Scottish Leaving Certificate Examination, 1954
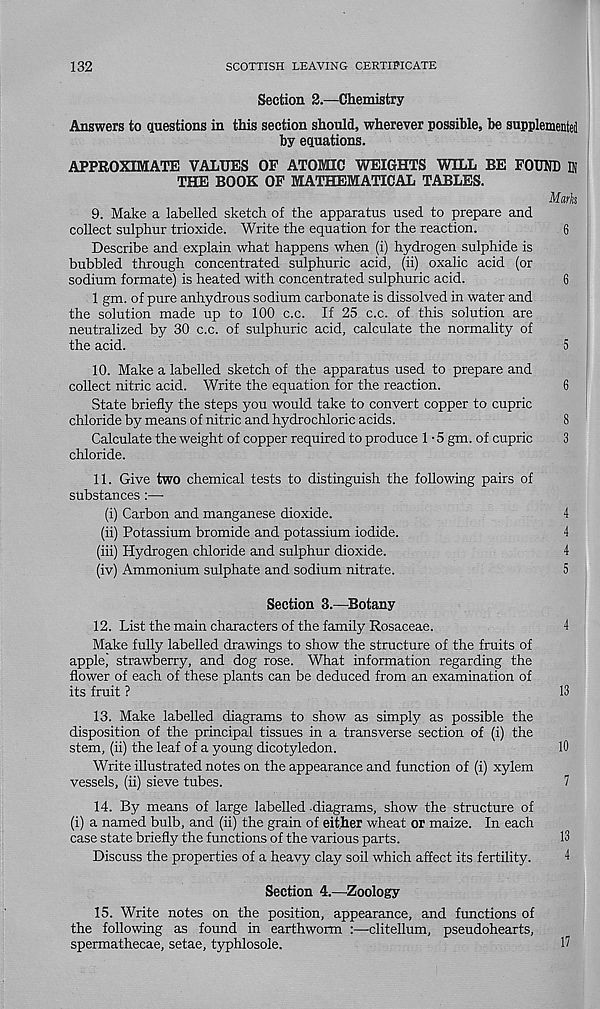
132
SCOTTISH LEAVING CERTIFICATE
Section 2.—Chemistry
Answers to questions in this section should, wherever possible, be supplemented
by equations.
APPROXIMATE VALUES OF ATOMIC WEIGHTS WILL BE FOUND IN
THE BOOK OF MATHEMATICAL TABLES.
Mark
9. Make a labelled sketch of the apparatus used to prepare and
collect sulphur trioxide. Write the equation for the reaction.
6
Describe and explain what happens when (i) hydrogen sulphide is
bubbled through concentrated sulphuric acid, (ii) oxalic acid (or
sodium formate) is heated with concentrated sulphuric acid.
6
1 gm. of pure anhydrous sodium carbonate is dissolved in water and
the solution made up to 100 c.c. If 25 c.c. of this solution are
neutralized by 30 c.c. of sulphuric acid, calculate the normality of
the acid.
5
10. Make a labelled sketch of the apparatus used to prepare and
collect nitric acid. Write the equation for the reaction.
6
State briefly the steps you would take to convert copper to cupric
chloride by means of nitric and hydrochloric acids.
8
Calculate the weight of copper required to produce 1 • 5 gm. of cupric
3
chloride.
11. Give two chemical tests to distinguish the following pairs of
substances :—
(i) Carbon and manganese dioxide.
4
(ii) Potassium bromide and potassium iodide.
4
(iii) Hydrogen chloride and sulphur dioxide.
4
(iv) Ammonium sulphate and sodium nitrate.
5
Section 3.—Botany
12. List the main characters of the family Rosaceae.
4
Make fully labelled drawings to show the structure of the fruits of
apple, strawberry, and dog rose. What information regarding the
flower of each of these plants can be deduced from an examination of
its fruit ?
13
13. Make labelled diagrams to show as simply as possible the
disposition of the principal tissues in a transverse section of (i) the
stem, (ii) the leaf of a young dicotyledon.
10
Write illustrated notes on the appearance and function of (i) xylem
vessels, (ii) sieve tubes.
7
14. By means of large labelled -diagrams, show the structure of
(i) a named bulb, and (ii) the grain of either wheat or maize. In each
case state briefly the functions of the various parts.
13
Discuss the properties of a heavy clay soil which affect its fertility.
4
Section 4.—Zoology
15. Write notes on the position, appearance, and functions of
the following as found in earthworm :—clitellum, pseudohearts,
spermathecae, setae, typhlosole.
17